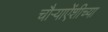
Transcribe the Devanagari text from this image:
चौर्‍याऐंशीच्या